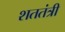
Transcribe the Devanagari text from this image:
शततंत्री